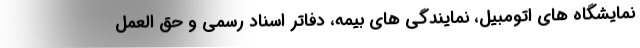
نمایشگاه های اتومبیل، نمایندگی های بیمه، دفاتر اسناد رسمی و حق العمل